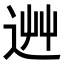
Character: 𨒽